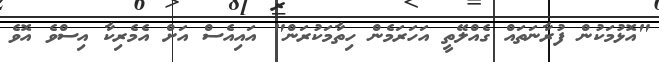
"އޮޅުމަކުން ފުރާނަތައް ގެއްލޭތީ އަހަރަމެން ހިތާމަކުރަން" އައިއެސް އަށް އެމެރިކާ އިސްވެ އޮވެ